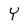
Character: Y